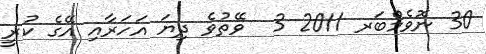
30 ނޮވެމްބަރ 2011 3  ވޭތުވެ ދިޔަ އަހަރާއި އޭގެ ކުރީ